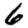
Digit: 6